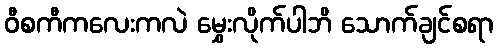
ဝီစကီကလေးကလဲ မွှေးလိုက်ပါဘိ သောက်ချင်စရာ